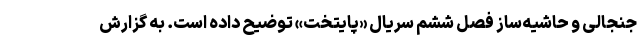
جنجالی و حاشیه‌ساز فصل ششم سریال «پایتخت» توضیح داده است. به گزارش